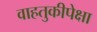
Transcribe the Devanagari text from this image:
वाहतुकीपेक्षा